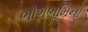
ભોગભૂમિનો